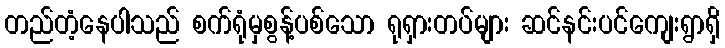
တည်တံ့နေပါသည် စက်ရုံမှစွန့်ပစ်သော ရုရှားတပ်များ ဆင်နင်းပင်ကျေးရွာရှိ